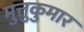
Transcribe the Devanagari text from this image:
मुत्तुकुमार